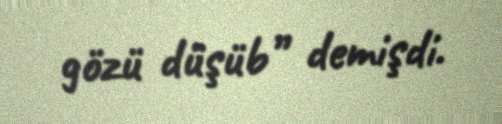
gözü düşüb” demişdi.